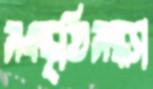
সংস্কৃতিসন্ধ্যা